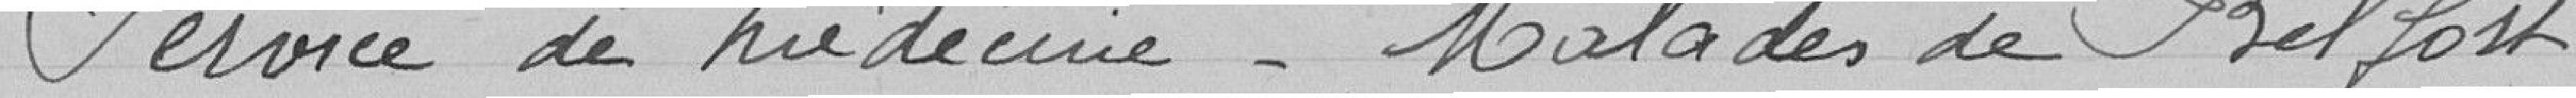
Service de médecine. malades de Belfort